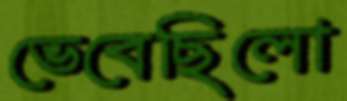
ভেবেছিলো